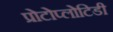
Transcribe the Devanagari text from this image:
प्रोटोप्लोटिडी